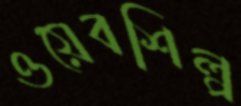
ওয়েবশিল্প